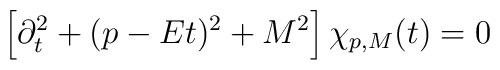
\left[ \partial_t^2 + (p-Et)^2 + M^2  \right] \chi_{p,M}(t) = 0